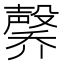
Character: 𪵑